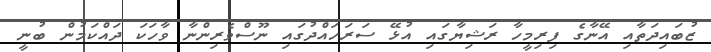
ޒުބައިދަތާއި އޭނާގެ ފިރިމީހާ ރަޝިޔާގައި އުޅޭ ސަރަހައްދުގައި ނޫސްވެރިންނާ ވާހަކަ ދައްކަމުން ބުނީ